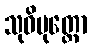
သုဝိမုတ္တော